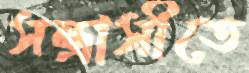
সন্ত্রাসীতে